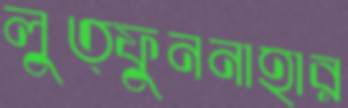
লুত্ফুননাহার